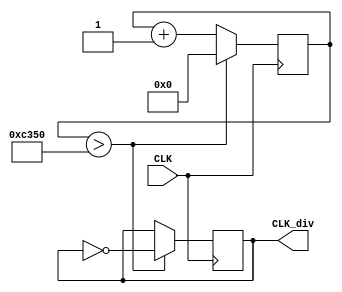
module divfreq(input CLK, output reg CLK_div);
	reg [24:0] Count;
	always @(posedge CLK)
	begin
		if(Count > 50000)
		begin
			Count <= 24'b0;
			CLK_div <= ~CLK_div;
		end
		else
			Count <= Count + 1'b1;
	end
endmodule

module divmove(input pause, input CLK, output reg CLK_div);
	reg [24:0] Count;
	always @(posedge CLK)
	begin
		if(Count > 4000000)
		begin
			Count <= 24'b0;
			CLK_div <= ~CLK_div;
		end
		else
		begin
		   if(pause)
				Count <= Count;
			else
				Count <= Count + 1'b1;
	   end
	end
endmodule

/* //lcd display memo
module final(clk, RxD, LCD_RS, LCD_RW, LCD_E, LCD_DataBus);
  input clk, RxD;
  output LCD_RS, LCD_RW, LCD_E;
  output [7:0] LCD_DataBus;

  wire RxD_data_ready;
  wire [7:0] RxD_data;
  //async_receiver deserialer(.clk(clk), .RxD(RxD), .RxD_data_ready(RxD_data_ready), .RxD_data(RxD_data));

  assign LCD_RW = 0;
  assign LCD_DataBus = RxD_data;

  wire Received_Escape = RxD_data_ready & (RxD_data==0);
  wire Received_Data = RxD_data_ready & (RxD_data!=0);

  reg [2:0] count;
  always @(posedge clk) if(Received_Data | (count!=0)) count <= count + 1;

  // activate LCD_E for 6 clocks, so at 25MHz, that's 6x40ns=240ns
  reg LCD_E;
  always @(posedge clk)
  if(LCD_E==0)
    LCD_E <= Received_Data;
  else
    LCD_E <= (count!=6);

  reg LCD_instruction;
  always @(posedge clk)
  if(LCD_instruction==0)
    LCD_instruction <= Received_Escape;
  else
    LCD_instruction <= (count!=7);

  assign LCD_RS = ~LCD_instruction;

endmodule
*/
/*	//
module count_backward_180(input CLK, input clear_180, output reg [3:0] T_count_0,output reg [3:0] T_count_1,output reg [3:0] T_count_2,output time_up_180, 
                          output reg a,b,c,d,e,f,g, output reg [2 : 0]COM);    //time up when reaches 180 sec
    divfreq F0(CLK, CLK_div);
    reg [2 : 0] bit;

    always @(posedge CLK_div, posedge clear_180)            //timer
        begin 
            if(clear_180)               //when to clear?? when about to count down!!!
                begin
                    T_count_0 <= 4'b0000;
                    T_count_1 <= 4'b1000;
                    T_count_2 <= 4'b0001;
                    bit[0] = 0;
                    bit[1] = 8;
                    bit[2] = 1;
                    time_up_180 = 0;
                    clear_180 = 0;
                end
            else 
                begin
                    if(bit[0] == 0)
                        begin
                            if(bit[1] == 0)       //when count to 100 or 00
                                begin
                                    if(bit[2] == 0)       //when reaches 0
                                        begin
                                            time_up_180 = 1;
                                            clear_180 = 1;        //could be deleted if 0 appears to short
                                        end
                                    else                    //when reaches 100
                                        begin
                                            bit[2] = bit[2] - 1;
                                            T_count_2 <= T_count_2 - 1'b1;
                                            T_count_0 <= 4'b1001;       //second_0's bit 0 -> 9
                                            bit[0] = 9;
                                            T_count_1 <= 4'b1001;       //second_1's bit 0 -> 9
                                            bit[1] = 9;
                                            if(bit[2] == 0)
                                                T_count_2 <= 4'b1111;
                                        end
                                end
                            else
                                begin
                                    T_count_0 <= 4'b1001;       //second_0's bit 0 -> 9
                                    bit[0] = 9;
                                    bit[1] = bit[1] - 1;
                                    T_count_1 <= T_count_1 - 1'b1;
                                    if(bit[1] == 0)
                                        begin
                                            T_count_1 <= 4'b1111;
                                        end
                                end
                        end
                    else
                        begin
                            T_count_0 <= T_count_0 - 1'b1;
                            bit[0] = bit[0] - 1;
                        end
                end
          seven_segment_display seg0(T_count_0, a,b,c,d,e,f,g);   //display current time on seven segment
          seven_segment_display seg1(T_count_1, a,b,c,d,e,f,g);   //same a,b,c,d,e,f,g???
          seven_segment_display seg2(T_count_2, a,b,c,d,e,f,g);
        end    //end of always @()
endmodule     //end of count_backward_180  	
*/

module final_project(input CLK,input clear,input sw_L,input sw_R,input shoot,input pause,
					 input [3:0] back,
					 output [7:0] lightR,output [7:0] lightG,output [7:0] lightB,
					 output reg [2:0] whichCol,output EN,output reg[7:0] win,
                output reg beep,output reg [3:0] COMM,output reg [6:0] LED_seg
);

reg [7:0] state [7:0];
reg [7:0] stateR [7:0];
reg [7:0] stateG [7:0];
reg [7:0] stateB [7:0];
integer i, panel_center, alreadyShoot, ball_x, ball_y, direction, forward, go_mode, level, point;
//reg flag; //
reg [22:0] k;
reg clk_4hz;
reg [16:0] count,div_num;//
reg [7:0] music;

always @(posedge CLK)//4hz
	begin
		if(k==23'h47868c)
			begin
				k<=0;
				clk_4hz=~clk_4hz;
			end
		else
			k=k+1'b1;
	end
  
always @(posedge clk_4hz)
	begin
		if(music==8'd66)
			music<=0;
		else
			music<=music+1'b1;
	end

always @(posedge CLK)
	begin
		if(count==div_num)
			begin
				count<=0;
				beep=~beep;
			end
		else
			count<=count+1'b1;
	end
    parameter 
    L1=17'h1754e,
    L2=17'h14c81,
    L3=17'h1284a,
    L4=17'h117A8,
    L5=17'h14e70,
    L6=17'h0ddf2,
    L7=17'h0c5ba,
    M1=17'h0ba9e,//DO
    M2=17'h0a648,//RE
    M3=17'h0941f,//ME
    M4=17'h08bcf,//FA
    M5=17'h07c90,//SO
    M6=17'h06ef9,//LA
    M7=17'h062dd,//SI
    H1=17'h05d68,
    H2=17'h05322,
    H3=17'h04a11,
    H4=17'h045e9,
    H5=17'h3e48,
    H6=17'h377d,
    H7=17'h316f;
  
always @(posedge clk_4hz)
	begin
      case(music)
      8'd0 : div_num=M5;
      8'd1 : div_num=M5;
      8'd2 : div_num=M3;  
      8'd3 : div_num=M3;
      8'd4 : div_num=M3;
      8'd5 : div_num=M3;
      8'd6 : div_num=0;
      8'd7 : div_num=0;
      8'd8 : div_num=M4;
      8'd9 : div_num=M4;
      8'd10 : div_num=M2;
      8'd11 : div_num=M2;
      8'd12 : div_num=M2;
      8'd13 : div_num=M2;
      8'd14 : div_num=0;
      8'd15 : div_num=0;
      8'd16 : div_num=M1;
      8'd17 : div_num=M1;
      8'd18 : div_num=M2;
      8'd19 : div_num=M2;
      8'd20 : div_num=M3;
      8'd21 : div_num=M3;
      8'd22 : div_num=M4;
      8'd23 : div_num=M4;
      8'd24 : div_num=M5;
      8'd25 : div_num=M5;
      8'd26 : div_num=M5;
      8'd27 : div_num=M5;
      8'd28 : div_num=M5;
      8'd29 : div_num=M5;
      8'd30 : div_num=0;
      8'd31 : div_num=0;
      8'd32 : div_num=M5;
      8'd33 : div_num=M5;
      8'd34 : div_num=M3;
      8'd35 : div_num=M3;
      8'd36 : div_num=M3;
      8'd37 : div_num=M3;
      8'd38 : div_num=0;
      8'd39 : div_num=0;
      8'd40 : div_num=M4;
      8'd41 : div_num=M4;
      8'd42 : div_num=M2;
      8'd43 : div_num=M2;
      8'd44 : div_num=M2;
      8'd45 : div_num=M2;
      8'd46 : div_num=0;
      8'd47 : div_num=0;
      8'd48 : div_num=M1;
      8'd49 : div_num=M1;
      8'd50 : div_num=M3;
      8'd51 : div_num=M3;
      8'd52 : div_num=M5;
      8'd53 : div_num=M5;
      8'd54 : div_num=M5;
      8'd55 : div_num=M5;
      8'd56 : div_num=M1;
      8'd57 : div_num=M1;
      8'd58 : div_num=M1;
      8'd59 : div_num=M1;
      8'd60 : div_num=M1;
      8'd61 : div_num=M1;
      8'd62 : div_num=M1;
      8'd63 : div_num=M1;
      8'd64 : div_num=0;
      8'd65 : div_num=0;

      endcase
    end
	 
	 
initial
begin
   level = 0;
	panel_center = 4;
	whichCol=0;
	alreadyShoot = 0;
	ball_x = 4;
	ball_y = 6;
	go_mode = 11;
	point = 0;
	//flag <= 0;
end

divfreq f0(CLK, CLK_div);
divmove f1(pause, CLK, CLK_move);
//breakout f2(CLK,clear,COM,seg);

reg [26:0] one_second_counter; // counter for generating 1 second clock enable
wire one_second_enable;// one second enable for counting numbers
reg [15:0] displayed_number; // counting number to be displayed
reg [3:0] LED_BCD;
reg [19:0] refresh_counter; // 20-bit for creating 10.5ms refresh period or 380Hz refresh rate
             // the first 2 MSB bits for creating 4 LED-activating signals with 2.6ms digit period
wire [1:0] LED_activating_counter; 
                 // count  0 -> 1 -> 2 -> 3 , activates  LED1  LED2  LED3  LED4,and repeat
  always @(posedge CLK or posedge clear)
    begin
		//if(flag==1)
				 //one_second_counter <= 0;
      if(clear==1)
            one_second_counter <= 0;
        else
		  begin
            if(one_second_counter>=99999999)
                 one_second_counter <= 0;
            else
                one_second_counter <= one_second_counter + 1;
        end
    end
    assign one_second_enable = (one_second_counter==99999999)?1:0;
  always @(posedge CLK or posedge clear)
    begin
      if(clear==1)
            displayed_number <= 0;
        else if(one_second_enable==1)
		  begin
            displayed_number <= displayed_number + 1;
				if(displayed_number>1000)
					displayed_number <= 0;
			end
    end
  always @(posedge CLK or posedge clear)
    begin 
      if(clear==1)
            refresh_counter <= 0;
        else
            refresh_counter <= refresh_counter + 1;
    end 
    assign LED_activating_counter = refresh_counter[19:18];
    
  always @(*)
    begin
        case(LED_activating_counter)
        2'b00: begin
            COMM = 4'b0111; 
            // activate LED1 and Deactivate LED2, LED3, LED4
            LED_BCD = displayed_number/1000;
            // the first digit of the 16-bit number
              end
        2'b01: begin
            COMM = 4'b1011; 
            // activate LED2 and Deactivate LED1, LED3, LED4
            LED_BCD = (displayed_number % 1000)/100;
            // the second digit of the 16-bit number
              end
        2'b10: begin
            COMM = 4'b1101; 
            // activate LED3 and Deactivate LED2, LED1, LED4
            LED_BCD = ((displayed_number % 1000)%100)/10;
            // the third digit of the 16-bit number
                end
        2'b11: begin
            COMM = 4'b1110; 
            // activate LED4 and Deactivate LED2, LED3, LED1
            LED_BCD = ((displayed_number % 1000)%100)%10;
            // the fourth digit of the 16-bit number    
               end
        endcase
    end
  
    always @(*)
    begin
        case(LED_BCD)
        4'b0000: LED_seg = 7'b0000001; // "0"     
        4'b0001: LED_seg = 7'b1001111; // "1" 
        4'b0010: LED_seg = 7'b0010010; // "2" 
        4'b0011: LED_seg = 7'b0000110; // "3" 
        4'b0100: LED_seg = 7'b1001100; // "4" 
        4'b0101: LED_seg = 7'b0100100; // "5" 
        4'b0110: LED_seg = 7'b0100000; // "6" 
        4'b0111: LED_seg = 7'b0001111; // "7" 
        4'b1000: LED_seg = 7'b0000000; // "8"     
        4'b1001: LED_seg = 7'b0000100; // "9" 
        default: LED_seg = 7'b0000001; // "0"
        endcase
    end


always @(posedge CLK_move)
begin
	case (back)
	    4'b0000: level=0;
		 4'b0001: level=1;
       4'b0010: level=2;
       4'b0100: level=3;
       4'b1000: level=4;
   endcase
	
	if(level==3)
	begin
	  win<=8'b00000000;  
	  for (i=0;i<8;i=i+1)
	  begin//+
       state[i] = 8'b00000001;
		 stateR[i] = 8'b00000000;
		 stateG[i] = 8'b00000001;
		 stateB[i] = 8'b00000001;
	    if (i>=3 & i<=5)
		 begin//
		   state[i][7]=1;
			stateR[i][7]=0;
			stateG[i][7]=0;
			stateB[i][7]=1;
		 end
		 if (i==4)
		 begin
         state[i][6] = 1;
			stateR[i][6] = 1;
			stateG[i][6] = 1;
			stateB[i][6] = 1;
		 end
	  end
	end
	
	if(level==2)
	begin
	  win<=8'b00000000;
	  for (i=0;i<8;i=i+1)
	  begin
	  if(i == 0 || i == 7)
	  begin
       state[i] = 8'b00001111;
		 stateR[i] = 8'b00000000;
		 stateG[i] = 8'b00001111;
		 stateB[i] = 8'b00000000;
		 end
		 else
		 begin
		 state[i] = 8'b00001001;
		 stateR[i] = 8'b00000000;
		 stateG[i] = 8'b00001001;
		 stateB[i] = 8'b00000000;
		 end
	    if (i>=3 & i<=5)
		 begin
		   state[i][7]=1;
			stateR[i][7]=0;
			stateG[i][7]=0;
			stateB[i][7]=1;
		 end
		 if (i==4)
		 begin
         state[i][6] = 1;
			stateR[i][6] = 1;
			stateG[i][6] = 1;
			stateB[i][6] = 1;
		 end
	  end
	end
	
	if(level==1)
	begin
	  win<=8'b00000000;
	  for (i=0;i<8;i=i+1)
	  begin
       state[i] = 8'b00001111;
	    stateR[i] = 8'b00000000;
		 stateG[i] = 8'b00001111;
		 stateB[i] = 8'b00001111;
	    if (i>=3 & i<=5)
		 begin
		   state[i][7]=1;
			stateR[i][7]=0;
			stateG[i][7]=0;
			stateB[i][7]=1;
		 end
		 if (i==4)
		 begin
         state[i][6] = 1;
			stateR[i][6] = 1;
			stateG[i][6] = 1;
			stateB[i][6] = 1;
		 end
	  end
	end
	
	if(level==4)
	begin
	  win<=8'b00000000;
	  state[0] = 8'b00001000;
	  state[1] = 8'b00010100;
	  state[2] = 8'b00100010;
	  state[3] = 8'b00000001;
  	  state[4] = 8'b00000001;
	  state[5] = 8'b00100010;
	  state[6] = 8'b00010100;
	  state[7] = 8'b00001000;
	  
	  stateR[0] = 8'b00001000;
	  stateR[1] = 8'b00010100;
	  stateR[2] = 8'b00100010;
	  stateR[3] = 8'b00000001;
  	  stateR[4] = 8'b00000001;
	  stateR[5] = 8'b00100010;
	  stateR[6] = 8'b00010100;
	  stateR[7] = 8'b00001000;
	  
	  stateG[0] = 8'b00001000;
	  stateG[1] = 8'b00010100;
	  stateG[2] = 8'b00100010;
	  stateG[3] = 8'b00000001;
  	  stateG[4] = 8'b00000001;
	  stateG[5] = 8'b00100010;
	  stateG[6] = 8'b00010100;
	  stateG[7] = 8'b00001000;
	  
	  stateB[0] = 8'b00000000;
	  stateB[1] = 8'b00000000;
	  stateB[2] = 8'b00000000;
	  stateB[3] = 8'b00000000;
  	  stateB[4] = 8'b00000000;
	  stateB[5] = 8'b00000000;
	  stateB[6] = 8'b00000000;
	  stateB[7] = 8'b00000000;
	  for (i=0;i<8;i=i+1)
	  begin
	    if (i>=3 & i<=5)
		 begin
		   state[i][7]=1;
			stateR[i][7]=0;
			stateG[i][7]=0;
			stateB[i][7]=1;
		 end
		 if (i==4)
		 begin
         state[i][6] = 1;
			stateR[i][6] = 1;
			stateG[i][6] = 1;
			stateB[i][6] = 1;
		 end
	  end
	end
	
	if(level==0)//
	begin
	if(point>0)
	begin
	   if(point==0)   win<=8'b00000000;
		else if(point==1)   win<=8'b00000001;
		else if(point==2)   win<=8'b00000011;
		else if(point==3)   win<=8'b00000111;
		else if(point==4)   win<=8'b00001111;
	   else if(point==5)   win<=8'b00011111;
	   else if(point==6)   win<=8'b00111111;
	   else if(point==7)   win<=8'b01111111;
	   else if(point==8)   
		begin //
		   win<=8'b11111111;
				state[0] = 8'b00100000; 
            state[1] = 8'b01001100;
            state[2] = 8'b10001100;
            state[3] = 8'b10000000;
            state[4] = 8'b10000000;
            state[5] = 8'b01001100;
            state[6] = 8'b00101100;
            state[7] = 8'b00000000;
			
				stateR[0] = 8'b00100000; 
            stateR[1] = 8'b01001100;
            stateR[2] = 8'b10001100;
            stateR[3] = 8'b10000000;
            stateR[4] = 8'b10000000;
            stateR[5] = 8'b01001100;
            stateR[6] = 8'b00101100;
            stateR[7] = 8'b00000000;

            stateG[0] = 8'b00000000;            
            stateG[1] = 8'b00000000;
            stateG[2] = 8'b00000000;
            stateG[3] = 8'b00000000;
            stateG[4] = 8'b00000000;
            stateG[5] = 8'b00000000;
            stateG[6] = 8'b00000000;
            stateG[7] = 8'b00000000;

            stateB[0] = 8'b00100000; 
            stateB[1] = 8'b01001100;
            stateB[2] = 8'b10001100;
            stateB[3] = 8'b10000000;
            stateB[4] = 8'b10000000;
            stateB[5] = 8'b01001100;
            stateB[6] = 8'b00101100;
            stateB[7] = 8'b00000000;
				
				//displayed_number <= 0;
			//flag <= 1;
			
			level=0;
			panel_center = 4;
			alreadyShoot = 0;
			ball_x = 4;
			ball_y = 6;
			go_mode = 11;
			point=0;
		end
	end
	
	if (sw_L)
	begin
		if (panel_center-2 >= 0)//
		begin
			panel_center = panel_center - 1;
			if (alreadyShoot==0)
			begin
				state[panel_center][6]=1;
				stateR[panel_center][6]=0;
				stateG[panel_center][6]=0;
				stateB[panel_center][6]=1;
				state[panel_center+1][6]=0;
				stateR[panel_center+1][6]=0;
				stateG[panel_center+1][6]=0;
				stateB[panel_center+1][6]=0;
				ball_x = ball_x - 1;
			end
			state[panel_center-1][7]=1;
			stateR[panel_center-1][7]=0;
			stateG[panel_center-1][7]=0;
			stateB[panel_center-1][7]=1;
			state[panel_center+2][7]=0;
			stateR[panel_center+2][7]=0;
			stateG[panel_center+2][7]=0;
			stateB[panel_center+2][7]=0;
		end
	end
	
	if (sw_R)
	begin
		if (panel_center+2 <= 7)
		begin
			panel_center = panel_center + 1;
			if (alreadyShoot==0)
			begin
				state[panel_center][6]=1;
				stateR[panel_center][6]=0;
				stateG[panel_center][6]=0;
				stateB[panel_center][6]=1;
				state[panel_center-1][6]=0;
				stateR[panel_center-1][6]=0;
				stateG[panel_center-1][6]=0;
				stateB[panel_center-1][6]=0;

				ball_x = ball_x + 1;
			end
			state[panel_center+1][7]=1;
			stateR[panel_center+1][7]=0;
			stateG[panel_center+1][7]=0;
			stateB[panel_center+1][7]=1;
			state[panel_center-2][7]=0;
			stateR[panel_center-2][7]=0;
			stateG[panel_center-2][7]=0;
			stateB[panel_center-2][7]=0;
		end
	end
		
	if (shoot)
	begin
		state[ball_x][ball_y] = 0;
		stateR[ball_x][ball_y] = 0;
		stateG[ball_x][ball_y] = 0;
		stateB[ball_x][ball_y] = 0;
		alreadyShoot = 1;
		go_mode = 11;
	end	
		
	if (alreadyShoot)
	begin
		case(go_mode)
		11:     //
		begin
			state[ball_x][ball_y] = 0;
			stateR[ball_x][ball_y] = 0;
			stateG[ball_x][ball_y] = 0;
			stateB[ball_x][ball_y] = 0;
			ball_y = ball_y - 1;
			if (state[ball_x][ball_y]==1&&ball_y>=0)
			begin
			   point=point+1;
				ball_y = ball_y + 2;
				state[ball_x][ball_y] = 1;	
				stateR[ball_x][ball_y] = 1;	
				stateG[ball_x][ball_y] = 1;	
				stateB[ball_x][ball_y] = 1;	
				go_mode = 21;
				if (state[ball_x][ball_y-2]==1)
				begin
					state[ball_x][ball_y-2] = 0;
					stateR[ball_x][ball_y-2] = 0;
					stateG[ball_x][ball_y-2] = 0;
					stateB[ball_x][ball_y-2] = 0;
				end
			end
			else if(ball_y<0)
			begin
			   ball_y = ball_y + 2;
				state[ball_x][ball_y] = 1;	
				stateR[ball_x][ball_y] = 1;	
				stateG[ball_x][ball_y] = 1;	
				stateB[ball_x][ball_y] = 1;	
				go_mode = 21;
				if (state[ball_x][ball_y-2]==1)
				begin
					state[ball_x][ball_y-2] = 0;
					stateR[ball_x][ball_y-2] = 0;
					stateG[ball_x][ball_y-2] = 0;
					stateB[ball_x][ball_y-2] = 0;
				end
			end
			else
			begin
				state[ball_x][ball_y] = 1;
				stateR[ball_x][ball_y] = 1;
				stateG[ball_x][ball_y] = 1;
				stateB[ball_x][ball_y] = 1;
			end
		end
		12:     //
		begin
			state[ball_x][ball_y] = 0;
			stateR[ball_x][ball_y] = 0;
			stateG[ball_x][ball_y] = 0;
			stateB[ball_x][ball_y] = 0;
			if (ball_x==0||ball_y==0)//
			begin
			   if(ball_x==0&&ball_y==0)//
				begin
				   ball_x=ball_x+1;
					ball_y=ball_y+1;
					state[ball_x][ball_y]=1;
					stateR[ball_x][ball_y]=1;
					stateG[ball_x][ball_y]=1;
					stateB[ball_x][ball_y]=1;
					go_mode= 23;
				end
				else if(ball_x==0)//
				begin
					if(state[ball_x+1][ball_y-1]==1)
					begin
						state[ball_x+1][ball_y-1]=0;
						stateR[ball_x+1][ball_y-1]=0;
						stateG[ball_x+1][ball_y-1]=0;
						stateB[ball_x+1][ball_y-1]=0;
						point=point+1;
						state[ball_x][ball_y]=1;
						stateR[ball_x][ball_y]=1;
						stateG[ball_x][ball_y]=1;
						stateB[ball_x][ball_y]=1;
						go_mode=23;
					end
				   else
					begin
						ball_x=ball_x+1;
						ball_y=ball_y-1;
						state[ball_x][ball_y]=1;
						stateR[ball_x][ball_y]=1;
						stateG[ball_x][ball_y]=1;
						stateB[ball_x][ball_y]=1;
						go_mode=13;
					end
				end
				else
				begin
					ball_x=ball_x-1;
					ball_y=ball_y+1;
					state[ball_x][ball_y]=1;
					stateR[ball_x][ball_y]=1;
					stateG[ball_x][ball_y]=1;
					stateB[ball_x][ball_y]=1;
					go_mode=22;
				end			
			end
			else
			begin
				if(state[ball_x-1][ball_y-1]==1)//
				begin
				   state[ball_x-1][ball_y-1]=0;
					stateR[ball_x-1][ball_y-1]=0;
					stateG[ball_x-1][ball_y-1]=0;
					stateB[ball_x-1][ball_y-1]=0;
					point=point+1;
					go_mode=23;//
				end
				else
				begin
				   ball_x=ball_x-1;
					ball_y=ball_y-1;
					state[ball_x][ball_y]=1;
					stateR[ball_x][ball_y]=1;
					stateG[ball_x][ball_y]=1;
					stateB[ball_x][ball_y]=1;
					go_mode=12;
				end
			end
		end
		13:     //
		begin
			state[ball_x][ball_y] = 0;
			stateR[ball_x][ball_y] = 0;
			stateG[ball_x][ball_y] = 0;
			stateB[ball_x][ball_y] = 0;
			if (ball_x==7||ball_y==0)//
			begin
			   if(ball_x==7&&ball_y==0)//
				begin
				   ball_x=ball_x-1;
					ball_y=ball_y+1;
					state[ball_x][ball_y]=1;
					stateR[ball_x][ball_y]=1;
					stateG[ball_x][ball_y]=1;
					stateB[ball_x][ball_y]=1;
					go_mode= 22;//
				end
				else if(ball_x==7)//
				begin
					if(state[ball_x-1][ball_y-1]==1)
					begin
						state[ball_x-1][ball_y-1]=0;
						stateR[ball_x-1][ball_y-1]=0;
						stateG[ball_x-1][ball_y-1]=0;
						stateB[ball_x-1][ball_y-1]=0;
						point=point+1;
						state[ball_x][ball_y]=1;
						stateR[ball_x][ball_y]=1;
						stateG[ball_x][ball_y]=1;
						stateB[ball_x][ball_y]=1;
						go_mode=22;
					end
				   else
					begin
						ball_x=ball_x-1;
						ball_y=ball_y-1;
						state[ball_x][ball_y]=1;
						stateR[ball_x][ball_y]=1;
						stateG[ball_x][ball_y]=1;
						stateB[ball_x][ball_y]=1;
						go_mode=12;
					end
				end
				else//
				begin
					ball_x=ball_x+1;
					ball_y=ball_y+1;
					stateR[ball_x][ball_y]=1;
					stateG[ball_x][ball_y]=1;
					stateB[ball_x][ball_y]=1;
					state[ball_x][ball_y]=1;
					go_mode=23;
				end			
			end
			else//
			begin
				if(state[ball_x+1][ball_y-1]==1)//
				begin
					state[ball_x+1][ball_y-1]=0;
					stateR[ball_x+1][ball_y-1]=0;
					stateG[ball_x+1][ball_y-1]=0;
					stateB[ball_x+1][ball_y-1]=0;
					point=point+1;
					go_mode=22;//
				end
				else//
				begin
				   ball_x=ball_x+1;
					ball_y=ball_y-1;
					state[ball_x][ball_y]=1;
					stateR[ball_x][ball_y]=1;
					stateG[ball_x][ball_y]=1;
					stateB[ball_x][ball_y]=1;
					go_mode=13;
				end
			end
		end
		21:      //
		begin
			state[ball_x][ball_y] = 0;
			stateR[ball_x][ball_y] = 0;
			stateG[ball_x][ball_y] = 0;
			stateB[ball_x][ball_y] = 0;
			if (ball_y==6 && ball_x >= panel_center-1 && ball_x <= panel_center+1)    //
			begin
				ball_y = ball_y - 1;
				if (ball_x == panel_center)     //
				begin
					go_mode = 11;
					state[ball_x][ball_y] = 1;
					stateR[ball_x][ball_y] = 1;
					stateG[ball_x][ball_y] = 1;
					stateB[ball_x][ball_y] = 1;
				end
				else //                         
				begin
					if (ball_x == panel_center-1)  //
					begin
						go_mode = 12;//
						if (ball_x-1 < 0)//
						begin
							ball_x = ball_x + 1;
							state[ball_x][ball_y] = 1;
							stateR[ball_x][ball_y] = 1;
							stateG[ball_x][ball_y] = 1;
							stateB[ball_x][ball_y] = 1;
							go_mode = 13;//
						end
						else//
						begin
							ball_x = ball_x - 1;
							state[ball_x][ball_y] = 1;
							stateR[ball_x][ball_y] = 1;
							stateG[ball_x][ball_y] = 1;
							stateB[ball_x][ball_y] = 1;
						end
					end
					else                           //
					begin
						go_mode = 13;//
						if (ball_x + 1 > 7)//
						begin
							ball_x = ball_x - 1;
							go_mode = 12;//
							state[ball_x][ball_y] = 1;
							stateR[ball_x][ball_y] = 1;
						   stateG[ball_x][ball_y] = 1;
							stateB[ball_x][ball_y] = 1;
						end
						else//
						begin
							ball_x = ball_x + 1;
							state[ball_x][ball_y] = 1;
							stateR[ball_x][ball_y] = 1;
							stateG[ball_x][ball_y] = 1;
							stateB[ball_x][ball_y] = 1;
						end
					end
				end
			end
			else//
			begin
				if (ball_y==7)//
				begin
						state[0] = 8'b10000010;
                    state[1] = 8'b01001110;
                    state[2] = 8'b00100010;
                    state[3] = 8'b00100000;
                    state[4] = 8'b00100000;
                    state[5] = 8'b01000010;
                    state[6] = 8'b10001110;
                    state[7] = 8'b00000010;
					
							stateR[0] = 8'b10000010;
                    stateR[1] = 8'b01001110;
                    stateR[2] = 8'b00100010;
                    stateR[3] = 8'b00100000;
                    stateR[4] = 8'b00100000;
                    stateR[5] = 8'b01000010;
                    stateR[6] = 8'b10001110;
                    stateR[7] = 8'b00000010;

                    stateG[0] = 8'b00000000;
                    stateG[1] = 8'b00000000;
                    stateG[2] = 8'b00000000;
                    stateG[3] = 8'b00000000;
                    stateG[4] = 8'b00000000;
                    stateG[5] = 8'b00000000;
                    stateG[6] = 8'b00000000;
                    stateG[7] = 8'b00000000;

                    stateB[0] = 8'b00000000;
                    stateB[1] = 8'b00000000;
                    stateB[2] = 8'b00000000;
                    stateB[3] = 8'b00000000;
                    stateB[4] = 8'b00000000;
                    stateB[5] = 8'b00000000;
                    stateB[6] = 8'b00000000;
                    stateB[7] = 8'b00000000;
						  //displayed_number <= 0;
						  //flag <= 1;
					win<=8'b00000000;
					level=0;
					panel_center = 4;
					alreadyShoot = 0;
					ball_x = 4;
					ball_y = 6;
					go_mode = 11;
					point=0;
				end
				else//
				begin
					if(state[ball_x][ball_y+1] == 1)
					begin
						state[ball_x][ball_y+1] = 0;
						stateR[ball_x][ball_y+1] = 0;
						stateG[ball_x][ball_y+1] = 0;
						stateB[ball_x][ball_y+1] = 0;
						point=point+1;
						ball_y = ball_y - 1;
						state[ball_x][ball_y] = 1;
						stateR[ball_x][ball_y] = 1;
						stateG[ball_x][ball_y] = 1;
						stateB[ball_x][ball_y] = 1;
						go_mode=11;
					end
					else
					begin
						ball_y = ball_y + 1;
						state[ball_x][ball_y] = 1;
						stateR[ball_x][ball_y] = 1;
						stateG[ball_x][ball_y] = 1;
						stateB[ball_x][ball_y] = 1;
					end
				end
			end
		end
		22:      //
		begin
		   state[ball_x][ball_y] = 0;
			stateR[ball_x][ball_y] = 0;
			stateG[ball_x][ball_y] = 0;
			stateB[ball_x][ball_y] = 0;
			if(ball_y==7)//
			begin
						state[0] = 8'b10000010;
                    state[1] = 8'b01001110;
                    state[2] = 8'b00100010;
                    state[3] = 8'b00100000;
                    state[4] = 8'b00100000;
                    state[5] = 8'b01000010;
                    state[6] = 8'b10001110;
                    state[7] = 8'b00000010;
					
							stateR[0] = 8'b10000010;
                    stateR[1] = 8'b01001110;
                    stateR[2] = 8'b00100010;
                    stateR[3] = 8'b00100000;
                    stateR[4] = 8'b00100000;
                    stateR[5] = 8'b01000010;
                    stateR[6] = 8'b10001110;
                    stateR[7] = 8'b00000010;

                    stateG[0] = 8'b00000000;
                    stateG[1] = 8'b00000000;
                    stateG[2] = 8'b00000000;
                    stateG[3] = 8'b00000000;
                    stateG[4] = 8'b00000000;
                    stateG[5] = 8'b00000000;
                    stateG[6] = 8'b00000000;
                    stateG[7] = 8'b00000000;

                    stateB[0] = 8'b00000000;
                    stateB[1] = 8'b00000000;
                    stateB[2] = 8'b00000000;
                    stateB[3] = 8'b00000000;
                    stateB[4] = 8'b00000000;
                    stateB[5] = 8'b00000000;
                    stateB[6] = 8'b00000000;
                    stateB[7] = 8'b00000000;
						  //displayed_number <= 0
						  //flag <= 1;
				win<=8'b00000000;
				level=0;
				panel_center = 4;
				alreadyShoot = 0;
				ball_x = 4;
				ball_y = 6;
				go_mode = 11;
				point=0;
			end
			else
			begin
			   if(ball_y==6)
				begin
					if((ball_x==panel_center||ball_x==panel_center+1||ball_x==panel_center-1))//
					begin
						if(ball_x==panel_center)
						begin
							ball_y=ball_y-1;
							state[ball_x][ball_y]=1;
							stateR[ball_x][ball_y]=1;
							stateG[ball_x][ball_y]=1;
							stateB[ball_x][ball_y]=1;
							go_mode=11;
						end
						else if(ball_x==panel_center-1)//
						begin
							ball_x=ball_x-1;
							ball_y=ball_y-1;
							state[ball_x][ball_y]=1;
							stateR[ball_x][ball_y]=1;
							stateG[ball_x][ball_y]=1;
							stateB[ball_x][ball_y]=1;
							go_mode=12;
						end
						else//
						begin
							ball_x=ball_x+1;
							ball_y=ball_y-1;
							state[ball_x][ball_y]=1;
							stateR[ball_x][ball_y]=1;
							stateG[ball_x][ball_y]=1;
							stateB[ball_x][ball_y]=1;
							go_mode=13;
						end
					end
					else
					begin//y+1
						ball_x=ball_x-1;
						ball_y=ball_y+1;				
					end
				end
				else if(ball_x==0)//
				begin
				   if(state[ball_x+1][ball_y+1]==1)
					begin
					   state[ball_x+1][ball_y+1]=0;
						stateR[ball_x+1][ball_y+1]=0;
						stateG[ball_x+1][ball_y+1]=0;
						stateB[ball_x+1][ball_y+1]=0;
						point=point+1;
						state[ball_x][ball_y]=1;
						stateR[ball_x][ball_y]=1;
						stateG[ball_x][ball_y]=1;
						stateB[ball_x][ball_y]=1;
						go_mode=13;
					end
					else
					begin
						ball_x=ball_x+1;
						ball_y=ball_y+1;
						state[ball_x][ball_y]=1;
						stateR[ball_x][ball_y]=1;
						stateG[ball_x][ball_y]=1;
						stateB[ball_x][ball_y]=1;
						go_mode=23;
					end
				end
				else if(state[ball_x-1][ball_y+1]==1)//
				begin
				   state[ball_x-1][ball_y+1]=0;
					stateR[ball_x-1][ball_y+1]=0;
					stateG[ball_x-1][ball_y+1]=0;
					stateB[ball_x-1][ball_y+1]=0;
					point=point+1;
					ball_x=ball_x+1;
					ball_y=ball_y-1;
				   state[ball_x][ball_y]=1;
					stateR[ball_x][ball_y]=1;
					stateG[ball_x][ball_y]=1;
					stateB[ball_x][ball_y]=1;
					go_mode=13;
				end
				else//
				begin
				   ball_x=ball_x-1;
					ball_y=ball_y+1;
				   state[ball_x][ball_y]=1;
					stateR[ball_x][ball_y]=1;
					stateG[ball_x][ball_y]=1;
					stateB[ball_x][ball_y]=1;
					go_mode=22;
				end
			end
		end
		23:      //
		begin
		   state[ball_x][ball_y] = 0;
			stateR[ball_x][ball_y] = 0;
			stateG[ball_x][ball_y] = 0;
			stateB[ball_x][ball_y] = 0;
			if(ball_y==7)//
			begin
						  state[0] = 8'b10000010;
                    state[1] = 8'b01001110;
                    state[2] = 8'b00100010;
                    state[3] = 8'b00100000;
                    state[4] = 8'b00100000;
                    state[5] = 8'b01000010;
                    state[6] = 8'b10001110;
                    state[7] = 8'b00000010;
					
							stateR[0] = 8'b10000010;
                    stateR[1] = 8'b01001110;
                    stateR[2] = 8'b00100010;
                    stateR[3] = 8'b00100000;
                    stateR[4] = 8'b00100000;
                    stateR[5] = 8'b01000010;
                    stateR[6] = 8'b10001110;
                    stateR[7] = 8'b00000010;

                    stateG[0] = 8'b00000000;
                    stateG[1] = 8'b00000000;
                    stateG[2] = 8'b00000000;
                    stateG[3] = 8'b00000000;
                    stateG[4] = 8'b00000000;
                    stateG[5] = 8'b00000000;
                    stateG[6] = 8'b00000000;
                    stateG[7] = 8'b00000000;

                    stateB[0] = 8'b00000000;
                    stateB[1] = 8'b00000000;
                    stateB[2] = 8'b00000000;
                    stateB[3] = 8'b00000000;
                    stateB[4] = 8'b00000000;
                    stateB[5] = 8'b00000000;
                    stateB[6] = 8'b00000000;
                    stateB[7] = 8'b00000000;
						  //displayed_number <= 0;
						  //flag <= 1;
				win<=8'b00000000;
				level=0;
				panel_center = 4;
				alreadyShoot = 0;
				ball_x = 4;
				ball_y = 6;
				go_mode = 11;
				point=0;
			end
			else
			begin
			   if(ball_y==6)
				begin
					if((ball_x==panel_center||ball_x==panel_center+1||ball_x==panel_center-1))//
					begin
						if(ball_x==panel_center)
						begin
							ball_y=ball_y-1;
							state[ball_x][ball_y]=1;
							stateR[ball_x][ball_y]=1;
							stateG[ball_x][ball_y]=1;
							stateB[ball_x][ball_y]=1;
							go_mode=11;
						end
						else if(ball_x==panel_center-1)//
						begin
							ball_x=ball_x-1;
							ball_y=ball_y-1;
							state[ball_x][ball_y]=1;
							stateR[ball_x][ball_y]=1;
							stateG[ball_x][ball_y]=1;
							stateB[ball_x][ball_y]=1;
							go_mode=12;
						end
						else//
						begin
							ball_x=ball_x+1;
							ball_y=ball_y-1;
							state[ball_x][ball_y]=1;
							stateR[ball_x][ball_y]=1;
							stateG[ball_x][ball_y]=1;
							stateB[ball_x][ball_y]=1;
							go_mode=13;
						end
					end
					else
					begin//y+1
						ball_x=ball_x+1;
						ball_y=ball_y+1;
					end
				end
				else if(ball_x==7)//
				begin
				   if(state[ball_x-1][ball_y+1]==1)
					begin
					   state[ball_x-1][ball_y+1]=0;
						stateR[ball_x-1][ball_y+1]=0;
						stateG[ball_x-1][ball_y+1]=0;
						stateB[ball_x-1][ball_y+1]=0;
						point=point+1;
						state[ball_x][ball_y]=1;
						stateR[ball_x][ball_y]=1;
						stateG[ball_x][ball_y]=1;
						stateB[ball_x][ball_y]=1;
						go_mode=12;
					end
					else
					begin
						ball_x=ball_x-1;
						ball_y=ball_y+1;
						state[ball_x][ball_y]=1;
						stateR[ball_x][ball_y]=1;
						stateG[ball_x][ball_y]=1;
						stateB[ball_x][ball_y]=1;
						go_mode=22;
					end
				end
				else if(state[ball_x+1][ball_y+1]==1)//
				begin
				   state[ball_x+1][ball_y+1]=0;
					stateR[ball_x+1][ball_y+1]=0;
					stateG[ball_x+1][ball_y+1]=0;
					stateB[ball_x+1][ball_y+1]=0;
					point=point+1;
					ball_x=ball_x-1;
					ball_y=ball_y-1;
				   state[ball_x][ball_y]=1;
					stateR[ball_x][ball_y]=1;
					stateG[ball_x][ball_y]=1;
					stateB[ball_x][ball_y]=1;
					go_mode=12;//
				end
				else//
				begin
				   ball_x=ball_x+1;
					ball_y=ball_y+1;
				   state[ball_x][ball_y]=1;
					stateR[ball_x][ball_y]=1;
					stateG[ball_x][ball_y]=1;
					stateB[ball_x][ball_y]=1;
					go_mode=23;
				end
			end
		end	
		endcase//6
   end//end of alreadyShoot
  end
  
  //mode 2 //
      /*
       else if(game_mode[1])
                begin
                  COM[0]=1;
                  COM[1]=1;
                  COM[2]=1;
                  count_backward_180(CLK,clear_180,T_count_0,T_count_1,T_count_2,time_up_180);
                  game_level = 1;
                  if(point == 24)
                      begin
                            stateR[0] = 8'b00000000;            
                            stateR[1] = 8'b00000000;
                            stateR[2] = 8'b01100110;
                            stateR[3] = 8'b01100110;
                            stateR[4] = 8'b00000000;
                            stateR[5] = 8'b10000010;
                            stateR[6] = 8'b01000100;
                            stateR[7] = 8'b00110000;

                            stateG[0] = 8'b00000000;            
                            stateG[1] = 8'b00000000;
                            stateG[2] = 8'b00000000;
                            stateG[3] = 8'b00000000;
                            stateG[4] = 8'b00000000;
                            stateG[5] = 8'b00000000;
                            stateG[6] = 8'b00000000;
                            stateG[7] = 8'b00000000;

                            stateB[0] = 8'b00000000;            
                            stateB[1] = 8'b00000000;
                            stateB[2] = 8'b01100110;
                            stateB[3] = 8'b01100110;
                            stateB[4] = 8'b00000000;
                            stateB[5] = 8'b10000010;
                            stateB[6] = 8'b01000100;
                            stateB[7] = 8'b00110000;
                            //beep:winning music
                            //or_show we are going to next level, put on LCD
                            
                            start = 1;      //continue to next level
                            game_level = game_level + 1;
                            panel_center = 4;
                            whichCol = 0;
                            alreadyShoot = 0;   //check if the ball has been launched
                            ball_x = 4;         //ball's starting x coordinate
                            ball_y = 6;         //ball's starting y coordinate
                            point = 0;  
                        end        //end of point == 20
                  else if(time_up_180&point<24)
                        begin
                            stateR[0] = 8'b00000000;
                            stateR[1] = 8'b11100111;
                            stateR[2] = 8'b01000010;
                            stateR[3] = 8'b01000010;
                            stateR[4] = 8'b00000000;
                            stateR[5] = 8'b00111000;
                            stateR[6] = 8'b01000100;
                            stateR[7] = 8'b10000010;

                            stateG[0] = 8'b00000000;
                            stateG[1] = 8'b00000000;
                            stateG[2] = 8'b00000000;
                            stateG[3] = 8'b00000000;
                            stateG[4] = 8'b00000000;
                            stateG[5] = 8'b00000000;
                            stateG[6] = 8'b00000000;
                            stateG[7] = 8'b00000000;

                            stateB[0] = 8'b00000000;
                            stateB[1] = 8'b00000000;
                            stateB[2] = 8'b00000000;
                            stateB[3] = 8'b00000000;
                            stateB[4] = 8'b00000000;
                            stateB[5] = 8'b00000000;
                            stateB[6] = 8'b00000000;
                            stateB[7] = 8'b00000000;
                            //beep:losing music
                            //or_show you lose,put on LCD
                        end
                    if (shoot)
                        begin
                            state[ball_x][ball_y] = 0;
                            stateR[ball_x][ball_y] = 0;
                            stateG[ball_x][ball_y] = 0;
                            stateB[ball_x][ball_y] = 0;
                            state[panel_center - 1][7] = 0;        //panel dark start
                            stateR[panel_center - 1][7] = 0;      // <- means the panel will gone after shoot
                            stateG[panel_center - 1][7] = 0;
                            stateB[panel_center - 1][7] = 0;
                            state[panel_center][7] = 0;   
                            stateR[panel_center][7] = 0;
                            stateG[panel_center][7] = 0;
                            stateB[panel_center][7] = 0;
                            state[panel_center + 1][7] = 0;   
                            stateR[panel_center + 1][7] = 0;
                            stateG[panel_center + 1][7] = 0;
                            stateB[panel_center + 1][7] = 0;  //panel dark end
                            alreadyShoot = 1;
                        end    //end of shoot
                  
                    if (alreadyShoot)
                        begin
                          case(go_mode)
                          11:     //
                          begin
                              state[ball_x][ball_y] = 0;
                              stateR[ball_x][ball_y] = 0;
                              stateG[ball_x][ball_y] = 0;
                              stateB[ball_x][ball_y] = 0;
                              ball_y = ball_y - 1;
                              if (state[ball_x][ball_y] == 1 && ball_y >= 0)     //hit a block
                                  begin
                                      blood[ball_x][ball_y] = blood[ball_x][ball_y] - 1;// blood - 1 code start
                                      if(blood[ball_x]][ball_y] == 1)
                                          begin
                                              state[ball_x][ball_y] = 1;                
                                              stateR[ball_x][ball_y] = 0;   
                                              stateG[ball_x][ball_y] = 0;   
                                              stateB[ball_x][ball_y] = 1;       
                                          end
                                      else if(blood[ball_x][ball_y] == 2)
                                          begin
                                              state[ball_x][ball_y] = 1;                
                                              stateR[ball_x][ball_y] = 1;   
                                              stateG[ball_x][ball_y] = 0;   
                                              stateB[ball_x][ball_y] = 0;   
                                          end
                                      else if(blood[ball_x][ball_y] == 0)
                                          begin
                                              state[ball_x][ball_y] = 0;                        
                                              stateR[ball_x][ball_y] = 0;
                                              stateG[ball_x][ball_y] = 0;
                                              stateB[ball_x][ball_y] = 0;
                                          end                         //blood - 1 code end
                                      point = point + 1;
                                      ball_y = ball_y + 2;
                                      state[ball_x][ball_y] = 1;        //ball's current position               
                                      stateR[ball_x][ball_y] = 1;   
                                      stateG[ball_x][ball_y] = 1;   
                                      stateB[ball_x][ball_y] = 1;                           
                                      go_mode = 21;     //  (^)
                                      if (state[ball_x][ball_y - 2] == 1) //hit a block
                                          begin     //could be deleted, not logically right       
                                              state[ball_x][ball_y-2] = 0;                      
                                              stateR[ball_x][ball_y-2] = 0;
                                              stateG[ball_x][ball_y-2] = 0;
                                              stateB[ball_x][ball_y-2] = 0;
                                          end
                                  end

                              else if(ball_y < 0)                    //ball reaches the top
                                  begin
                                      ball_y = ball_y + 2;
                                      state[ball_x][ball_y] = 1;                            
                                      stateR[ball_x][ball_y] = 1;   
                                      stateG[ball_x][ball_y] = 1;   
                                      stateB[ball_x][ball_y] = 1;   
                                      go_mode = 21;     //                        
                                      if (state[ball_x][ball_y-2] == 1)          //hit a block
                                          begin         //could be deleted, not logically right   
                                              state[ball_x][ball_y - 2] = 0;
                                              stateR[ball_x][ball_y - 2] = 0;
                                              stateG[ball_x][ball_y - 2] = 0;
                                              stateB[ball_x][ball_y - 2] = 0;
                                          end
                                  end

                              else    // keep going up
                                  begin
                                          state[ball_x][ball_y] = 1;
                                          stateR[ball_x][ball_y] = 1;
                                          stateG[ball_x][ball_y] = 1;
                                          stateB[ball_x][ball_y] = 1;
                                  end
                          end   //end of case 11

                          12:     //
                              begin
                                  state[ball_x][ball_y] = 0;
                                  stateR[ball_x][ball_y] = 0;
                                  stateG[ball_x][ball_y] = 0;
                                  stateB[ball_x][ball_y] = 0;
                                  if (ball_x==0||ball_y==0)//
                                      begin
                                      if(ball_x==0&&ball_y==0)//
                                          begin
                                              ball_x=ball_x+1;
                                              ball_y=ball_y+1;
                                              state[ball_x][ball_y]=1;
                                              stateR[ball_x][ball_y]=1;
                                              stateG[ball_x][ball_y]=1;
                                              stateB[ball_x][ball_y]=1;
                                              go_mode= 23;
                                          end
                                      else if(ball_x==0)//
                                          begin
                                              if(state[ball_x+1][ball_y-1]==1)
                                                  begin
                                                      state[ball_x+1][ball_y-1]=0;
                                                      stateR[ball_x+1][ball_y-1]=0;
                                                      stateG[ball_x+1][ball_y-1]=0;
                                                      stateB[ball_x+1][ball_y-1]=0;
                                                      point=point+1;
                                                      state[ball_x][ball_y]=1;
                                                      stateR[ball_x][ball_y]=1;
                                                      stateG[ball_x][ball_y]=1;
                                                      stateB[ball_x][ball_y]=1;
                                                      go_mode=23;       // (^)
                                                  end
                                              else
                                                  begin
                                                      ball_x=ball_x+1;
                                                      ball_y=ball_y-1;
                                                      state[ball_x][ball_y]=1;
                                                      stateR[ball_x][ball_y]=1;
                                                      stateG[ball_x][ball_y]=1;
                                                      stateB[ball_x][ball_y]=1;
                                                      go_mode=13;       // (^)
                                                  end
                                          end
                                      else
                                          begin
                                              ball_x=ball_x-1;
                                              ball_y=ball_y+1;
                                              state[ball_x][ball_y]=1;
                                              stateR[ball_x][ball_y]=1;
                                              stateG[ball_x][ball_y]=1;
                                              stateB[ball_x][ball_y]=1;
                                              go_mode=22;       // (^)
                                          end           
                                      end       //end of "if(ball_x==0||ball_y==0)"

                                      else
                                          begin
                                              if(state[ball_x-1][ball_y-1]==1)//
                                                  begin
                                                      blood[ball_x-1][ball_y-1] = blood[ball_x-1][ball_y-1] - 1;//blood - 1 code start
                                                      if(blood[ball_x-1][ball_y-1] == 1)
                                                          begin
                                                              state[ball_x-1][ball_y-1] = 1;                
                                                              stateR[ball_x-1][ball_y-1] = 0;   
                                                              stateG[ball_x-1][ball_y-1] = 0;   
                                                              stateB[ball_x-1][ball_y-1] = 1;       
                                                          end
                                                      else if(blood[ball_x-1][ball_y-1] == 2)
                                                          begin
                                                              state[ball_x-1][ball_y-1] = 1;                
                                                              stateR[ball_x-1][ball_y-1] = 1;   
                                                              stateG[ball_x-1][ball_y-1] = 0;   
                                                              stateB[ball_x-1][ball_y-1] = 0;   
                                                          end
                                                      else if(blood[ball_x-1][ball_y-1] == 0)
                                                          begin
                                                              state[ball_x-1][ball_y-1] = 0;                        
                                                              stateR[ball_x-1][ball_y-1] = 0;
                                                              stateG[ball_x-1][ball_y-1] = 0;
                                                              stateB[ball_x-1][ball_y-1] = 0;
                                                          end       //blood - 1 code end
                                                      point=point+1;
                                                      go_mode=23;//
                                                  end
                                              else
                                                  begin
                                                      ball_x=ball_x-1;
                                                      ball_y=ball_y-1;
                                                      state[ball_x][ball_y]=1;
                                                      stateR[ball_x][ball_y]=1;
                                                      stateG[ball_x][ball_y]=1;
                                                      stateB[ball_x][ball_y]=1;
                                                      go_mode=12;       //
                                                  end
                                          end
                              end       //end of case 12

                          13:     // (^)
                              begin
                                  state[ball_x][ball_y] = 0;
                                  stateR[ball_x][ball_y] = 0;
                                  stateG[ball_x][ball_y] = 0;
                                  stateB[ball_x][ball_y] = 0;
                                  if (ball_x==7||ball_y==0)//
                                      begin
                                          if(ball_x==7&&ball_y==0)//
                                              begin
                                                  ball_x=ball_x-1;
                                                  ball_y=ball_y+1;
                                                  state[ball_x][ball_y]=1;
                                                  stateR[ball_x][ball_y]=1;
                                                  stateG[ball_x][ball_y]=1;
                                                  stateB[ball_x][ball_y]=1;                                         
                                                  go_mode= 22;  //
                                              end
                                          else if(ball_x==7)    //
                                              begin
                                                  if(state[ball_x-1][ball_y-1]==1)
                                                      begin
                                                          state[ball_x-1][ball_y-1]=0;
                                                          stateR[ball_x-1][ball_y-1]=0;
                                                          stateG[ball_x-1][ball_y-1]=0;
                                                          stateB[ball_x-1][ball_y-1]=0;
                                                          point=point+1;                                                    
                                                          state[ball_x][ball_y]=1;
                                                          stateR[ball_x][ball_y]=1;
                                                          stateG[ball_x][ball_y]=1;
                                                          stateB[ball_x][ball_y]=1;
                                                          go_mode=22;        //
                                                      end
                                                  else
                                                      begin
                                                          ball_x=ball_x-1;
                                                          ball_y=ball_y-1;
                                                          state[ball_x][ball_y]=1;
                                                          stateR[ball_x][ball_y]=1;
                                                          stateG[ball_x][ball_y]=1;
                                                          stateB[ball_x][ball_y]=1;
                                                          go_mode=12;       //
                                                      end
                                              end
                                          else  //
                                              begin
                                                  ball_x=ball_x+1;
                                                  ball_y=ball_y+1;                                          
                                                  stateR[ball_x][ball_y]=1;
                                                  stateG[ball_x][ball_y]=1;
                                                  stateB[ball_x][ball_y]=1;
                                                  state[ball_x][ball_y]=1;
                                                  go_mode=23;
                                              end           
                                      end

                                  else  //
                                      begin
                                          if(state[ball_x+1][ball_y-1]==1)//
                                              begin
                                                  blood[ball_x+1][ball_y-1] = blood[ball_x+1][ball_y-1] - 1;
                                                  //blood - 1 code start
                                                  if(blood[ball_x+1][ball_y-1] == 1)
                                                      begin
                                                          state[ball_x+1][ball_y-1] = 1;                
                                                          stateR[ball_x+1][ball_y-1] = 0;   
                                                          stateG[ball_x+1][ball_y-1] = 0;   
                                                          stateB[ball_x+1][ball_y-1] = 1;       
                                                      end
                                                  else if(blood[ball_x+1][ball_y-1] == 2)
                                                      begin
                                                          state[ball_x+1][ball_y-1] = 1;                
                                                          stateR[ball_x+1][ball_y-1] = 1;   
                                                          stateG[ball_x+1][ball_y-1] = 0;   
                                                          stateB[ball_x+1][ball_y-1] = 0;   
                                                      end
                                                  else if(blood[ball_x+1][ball_y-1] == 0)
                                                      begin
                                                          state[ball_x+1][ball_y-1] = 0;                        
                                                          stateR[ball_x+1][ball_y-1] = 0;
                                                          stateG[ball_x+1][ball_y-1] = 0;
                                                          stateB[ball_x+1][ball_y-1] = 0;
                                                      end                                 
                                                  //blood - 1 code end
                                                  point=point+1;                                            
                                                  go_mode=22;//
                                              end
                                          else  //
                                              begin
                                                  ball_x=ball_x+1;
                                                  ball_y=ball_y-1;
                                                  state[ball_x][ball_y]=1;
                                                  stateR[ball_x][ball_y]=1;
                                                  stateG[ball_x][ball_y]=1;
                                                  stateB[ball_x][ball_y]=1;
                                                  go_mode=13;        //                                       
                                              end
                                      end
                              end       //end of case 13

                          21:      //
                              begin
                                  state[ball_x][ball_y] = 0;
                                  stateR[ball_x][ball_y] = 0;
                                  stateG[ball_x][ball_y] = 0;
                                  stateB[ball_x][ball_y] = 0;
                                  if (ball_y==7)
                                      begin
                                          //beep
                                          //level=0;
                                          panel_center = 4;
                                          alreadyShoot = 0;
                                          ball_x = 4;
                                          ball_y = 6;
                                          go_mode = 11;      //
                                      end
                                  else    //
                                      begin
                                          if(state[ball_x][ball_y+1] == 1)
                                              begin
                                                  state[ball_x][ball_y+1] = 0;
                                                  stateR[ball_x][ball_y+1] = 0;
                                                  stateG[ball_x][ball_y+1] = 0;
                                                  stateB[ball_x][ball_y+1] = 0;
                                                  point=point+1;
                                                  ball_y = ball_y - 1;
                                                  state[ball_x][ball_y] = 1;
                                                  stateR[ball_x][ball_y] = 1;
                                                  stateG[ball_x][ball_y] = 1;
                                                  stateB[ball_x][ball_y] = 1;
                                                  go_mode=11;
                                              end
                                          else
                                              begin
                                                  ball_y = ball_y + 1;
                                                  state[ball_x][ball_y] = 1;
                                                  stateR[ball_x][ball_y] = 1;
                                                  stateG[ball_x][ball_y] = 1;
                                                  stateB[ball_x][ball_y] = 1;
                                              end
                                          end
                              end       //end of case 21

                          22:      //
                              begin
                                  state[ball_x][ball_y] = 0;
                                  stateR[ball_x][ball_y] = 0;
                                  stateG[ball_x][ball_y] = 0;
                                  stateB[ball_x][ball_y] = 0;
                                  if(ball_y==7)
                                      begin
                                          //beep
                                          level=0;
                                          panel_center = 4;
                                          alreadyShoot = 0;
                                          ball_x = 4;
                                          ball_y = 6;
                                          go_mode = 11;      //
                                      end
                                  else
                                      begin
                                          if(ball_y==6)
                                              begin
                                                   //y+1
                                                  ball_x=ball_x-1;
                                                  ball_y=ball_y+1;      
                                              end
                                          else if(ball_x==0)//
                                              begin
                                                  if(state[ball_x+1][ball_y+1]==1)
                                                      begin
                                                          state[ball_x+1][ball_y+1]=0;
                                                          stateR[ball_x+1][ball_y+1]=0;
                                                          stateG[ball_x+1][ball_y+1]=0;
                                                          stateB[ball_x+1][ball_y+1]=0;
                                                          point=point+1;
                                                          state[ball_x][ball_y]=1;
                                                          stateR[ball_x][ball_y]=1;
                                                          stateG[ball_x][ball_y]=1;
                                                          stateB[ball_x][ball_y]=1;
                                                          go_mode=13;       //
                                                      end
                                                  else
                                                      begin
                                                          ball_x=ball_x+1;
                                                          ball_y=ball_y+1;
                                                          state[ball_x][ball_y]=1;
                                                          stateR[ball_x][ball_y]=1;
                                                          stateG[ball_x][ball_y]=1;
                                                          stateB[ball_x][ball_y]=1;
                                                          go_mode=23;
                                                      end
                                              end
                                          else if(state[ball_x-1][ball_y+1]==1)//
                                              begin
                                                  if(blood[ball_x-1][ball_y+1] == 1)
                                                      begin
                                                          state[ball_x-1][ball_y+1] = 1;                
                                                          stateR[ball_x-1][ball_y+1] = 0;   
                                                          stateG[ball_x-1][ball_y+1] = 0;   
                                                          stateB[ball_x-1][ball_y+1] = 1;       
                                                      end
                                                  else if(blood[ball_x-1][ball_y+1] == 2)
                                                      begin
                                                          state[ball_x-1][ball_y+1] = 1;                
                                                          stateR[ball_x-1][ball_y+1] = 1;   
                                                          stateG[ball_x-1][ball_y+1] = 0;   
                                                          stateB[ball_x-1][ball_y+1] = 0;   
                                                      end
                                                  else if(blood[ball_x-1][ball_y+1] == 0)
                                                      begin
                                                          state[ball_x-1][ball_y+1] = 0;                        
                                                          stateR[ball_x-1][ball_y+1] = 0;
                                                          stateG[ball_x-1][ball_y+1] = 0;
                                                          stateB[ball_x-1][ball_y+1] = 0;
                                                      end             
                                                  //blood - 1 code end
                                                  point=point+1;
                                                  ball_x=ball_x+1;
                                                  ball_y=ball_y-1;
                                                  state[ball_x][ball_y]=1;
                                                  stateR[ball_x][ball_y]=1;
                                                  stateG[ball_x][ball_y]=1;
                                                  stateB[ball_x][ball_y]=1;
                                                  go_mode=13;       //
                                              end
                                          else//
                                              begin
                                                  ball_x=ball_x-1;
                                                  ball_y=ball_y+1;
                                                  state[ball_x][ball_y]=1;
                                                  stateR[ball_x][ball_y]=1;
                                                  stateG[ball_x][ball_y]=1;
                                                  stateB[ball_x][ball_y]=1;
                                                  go_mode=22;        //
                                              end
                                      end
                              end
                          23:      //
                              begin
                                  state[ball_x][ball_y] = 0;
                                  stateR[ball_x][ball_y] = 0;
                                  stateG[ball_x][ball_y] = 0;
                                  stateB[ball_x][ball_y] = 0;
                                  if(ball_y==7)
                                      begin
                                          //beep
                                          level=0;
                                          panel_center = 4;
                                          alreadyShoot = 0;
                                          ball_x = 4;
                                          ball_y = 6;
                                          go_mode = 11;      //
                                      end
                                  else
                                      begin
                                          if(ball_y==6)
                                              begin
                                                  //y+1
                                                  ball_x=ball_x+1;
                                                  ball_y=ball_y+1;
                                              end
                                          else if(ball_x==7)//
                                              begin
                                                  if(state[ball_x-1][ball_y+1]==1)
                                                      begin
                                                          state[ball_x-1][ball_y+1]=0;
                                                          stateR[ball_x-1][ball_y+1]=0;
                                                          stateG[ball_x-1][ball_y+1]=0;
                                                          stateB[ball_x-1][ball_y+1]=0;
                                                          point=point+1;
                                                          state[ball_x][ball_y]=1;
                                                          stateR[ball_x][ball_y]=1;
                                                          stateG[ball_x][ball_y]=1;
                                                          stateB[ball_x][ball_y]=1;
                                                          go_mode=12;       //
                                                      end
                                                  else
                                                      begin
                                                          ball_x=ball_x-1;
                                                          ball_y=ball_y+1;
                                                          state[ball_x][ball_y]=1;
                                                          stateR[ball_x][ball_y]=1;
                                                          stateG[ball_x][ball_y]=1;
                                                          stateB[ball_x][ball_y]=1;
                                                          go_mode=22;       //
                                                      end
                                              end
                                          else if(state[ball_x+1][ball_y+1]==1)//
                                              begin
                                                  if(blood[ball_x+1][ball_y+1] == 1)
                                                      begin
                                                          state[ball_x+1][ball_y+1] = 1;                
                                                          stateR[ball_x+1][ball_y+1] = 0;   
                                                          stateG[ball_x+1][ball_y+1] = 0;   
                                                          stateB[ball_x+1][ball_y+1] = 1;       
                                                      end
                                                  else if(blood[ball_x+1][ball_y+1] == 2)
                                                      begin
                                                          state[ball_x+1][ball_y+1] = 1;                
                                                          stateR[ball_x+1][ball_y+1] = 1;   
                                                          stateG[ball_x+1][ball_y+1] = 0;   
                                                          stateB[ball_x+1][ball_y+1] = 0;   
                                                      end
                                                  else if(blood[ball_x+1][ball_y+1] == 0)
                                                      begin
                                                          state[ball_x+1][ball_y+1] = 0;                        
                                                          stateR[ball_x+1][ball_y+1] = 0;
                                                          stateG[ball_x+1][ball_y+1] = 0;
                                                          stateB[ball_x+1][ball_y+1] = 0;
                                                      end          
                                                  //blood - 1 code end
                                                  point=point+1;
                                                  ball_x=ball_x-1;
                                                  ball_y=ball_y-1;
                                                  state[ball_x][ball_y]=1;
                                                  stateR[ball_x][ball_y]=1;
                                                  stateG[ball_x][ball_y]=1;
                                                  stateB[ball_x][ball_y]=1;
                                                  go_mode=12;//
                                              end
                                          else//
                                              begin
                                                  ball_x=ball_x+1;
                                                  ball_y=ball_y+1;
                                                  state[ball_x][ball_y]=1;
                                                  stateR[ball_x][ball_y]=1;
                                                  stateG[ball_x][ball_y]=1;
                                                  stateB[ball_x][ball_y]=1;
                                                  go_mode=23;       //
                                              end
                                      end
                              end       //end of case 23    
                        endcase    // end of case(go_mode)
                    end    // end of alreadyShoot
                end
      */
    
//continue mode 3
end

always @(posedge CLK_div)
begin
	whichCol = whichCol + 1;
end
assign EN=1;
assign lightR = ~stateR[whichCol];
assign lightG = ~stateG[whichCol];
assign lightB = ~stateB[whichCol];

endmodule


//QQ ~~~~~^_^